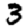
Digit: 3